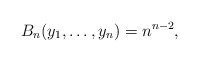
\begin{gather*}B_n(y_1, \ldots,y_n) = n^{n-2},\end{gather*}